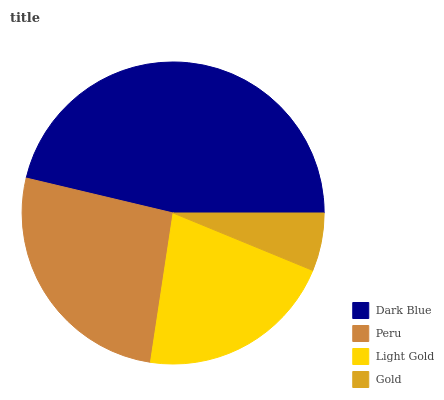
| Dark Blue | Peru | Light Gold | Gold |
 | --- | --- | --- | --- |
 | 46.3% | 26.3% | 21.2% | 6.21% |